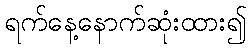
ရက်နေ့နောက်ဆုံးထား၍